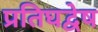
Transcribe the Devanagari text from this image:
प्रतिघद्वेष